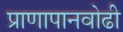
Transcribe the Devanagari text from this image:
प्राणापानवोढी